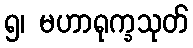
၅၊ မဟာရုက္ခသုတ်